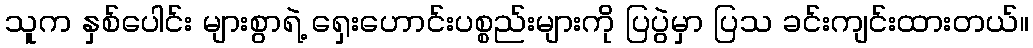
သူက နှစ်ပေါင်း များစွာရဲ့ ရှေးဟောင်းပစ္စည်းများကို ပြပွဲမှာ ပြသ ခင်းကျင်းထားတယ်။